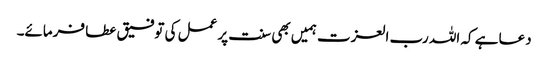
دعا ہے کہ اللہ رب العزت ہمیں بھی سنت پر عمل کی توفیق عطا فرمائے۔